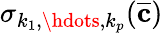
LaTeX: \sigma_{k_{1},\hdots,k_{p}}(\overline{{\mathbf{c}}})